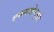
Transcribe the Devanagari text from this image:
समन्वयोन्मुखी